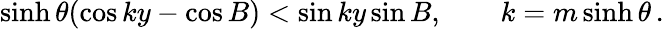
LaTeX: \sinh\theta(\cos ky-\cos B)<\sin ky\sin B,\qquad k=m\sinh\theta\, .